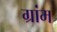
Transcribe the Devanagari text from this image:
ग्रांम